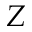
Z